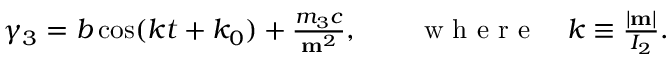
\begin{array} { r } { \gamma _ { 3 } = b \cos ( k t + k _ { 0 } ) + \frac { m _ { 3 } c } { { \bf m } ^ { 2 } } , \qquad \mathrm { ~ w ~ h ~ e ~ r ~ e ~ } \quad k \equiv \frac { | { \bf m } | } { I _ { 2 } } . } \end{array}